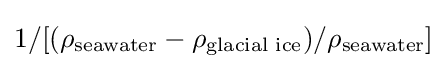
{\textstyle 1/[(\rho _{\text{seawater}}-\rho _{\text{glacial ice}})/\rho _{\text{seawater}}]}